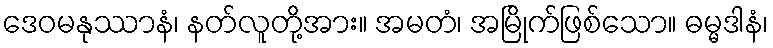
ဒေဝမနုဿာနံ၊ နတ်လူတို့အား။ အမတံ၊ အမြိုက်ဖြစ်သော။ ဓမ္မဒါနံ၊